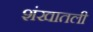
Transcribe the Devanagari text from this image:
शंखातली